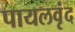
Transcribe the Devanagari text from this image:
पायलवृंद